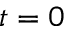
t = 0